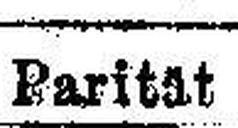
Parität